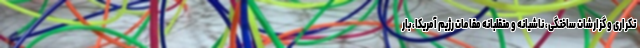
تکراری و گزارشات ساختگی، ناشیانه و متقلبانه مقامات رژیم آمریکا، بار